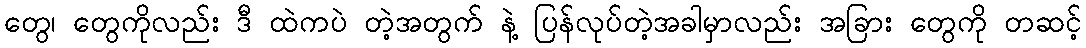
တွေ၊ တွေကိုလည်း ဒီ ထဲကပဲ တဲ့အတွက် နဲ့ ပြန်လုပ်တဲ့အခါမှာလည်း အခြား တွေကို တဆင့်